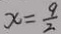
x = \frac { 9 } { 2 }